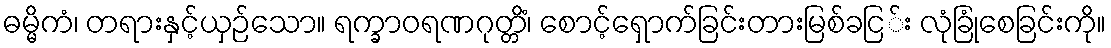
ဓမ္မိကံ၊ တရားနှင့်ယှဉ်သော။ ရက္ခာဝရဏဂုတ္တိံ၊ စောင့်ရှောက်ခြင်းတားမြစ်ခငြ်း လုံခြုံစေခြင်းကို။